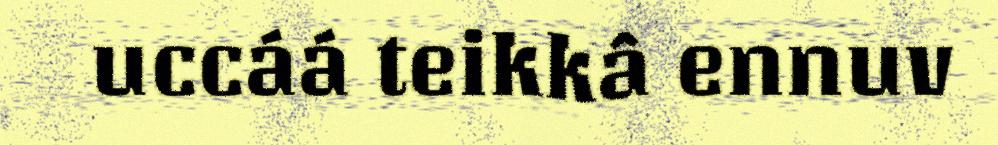
uccáá teikkâ ennuv